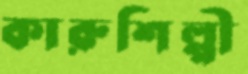
কারুশিল্পী